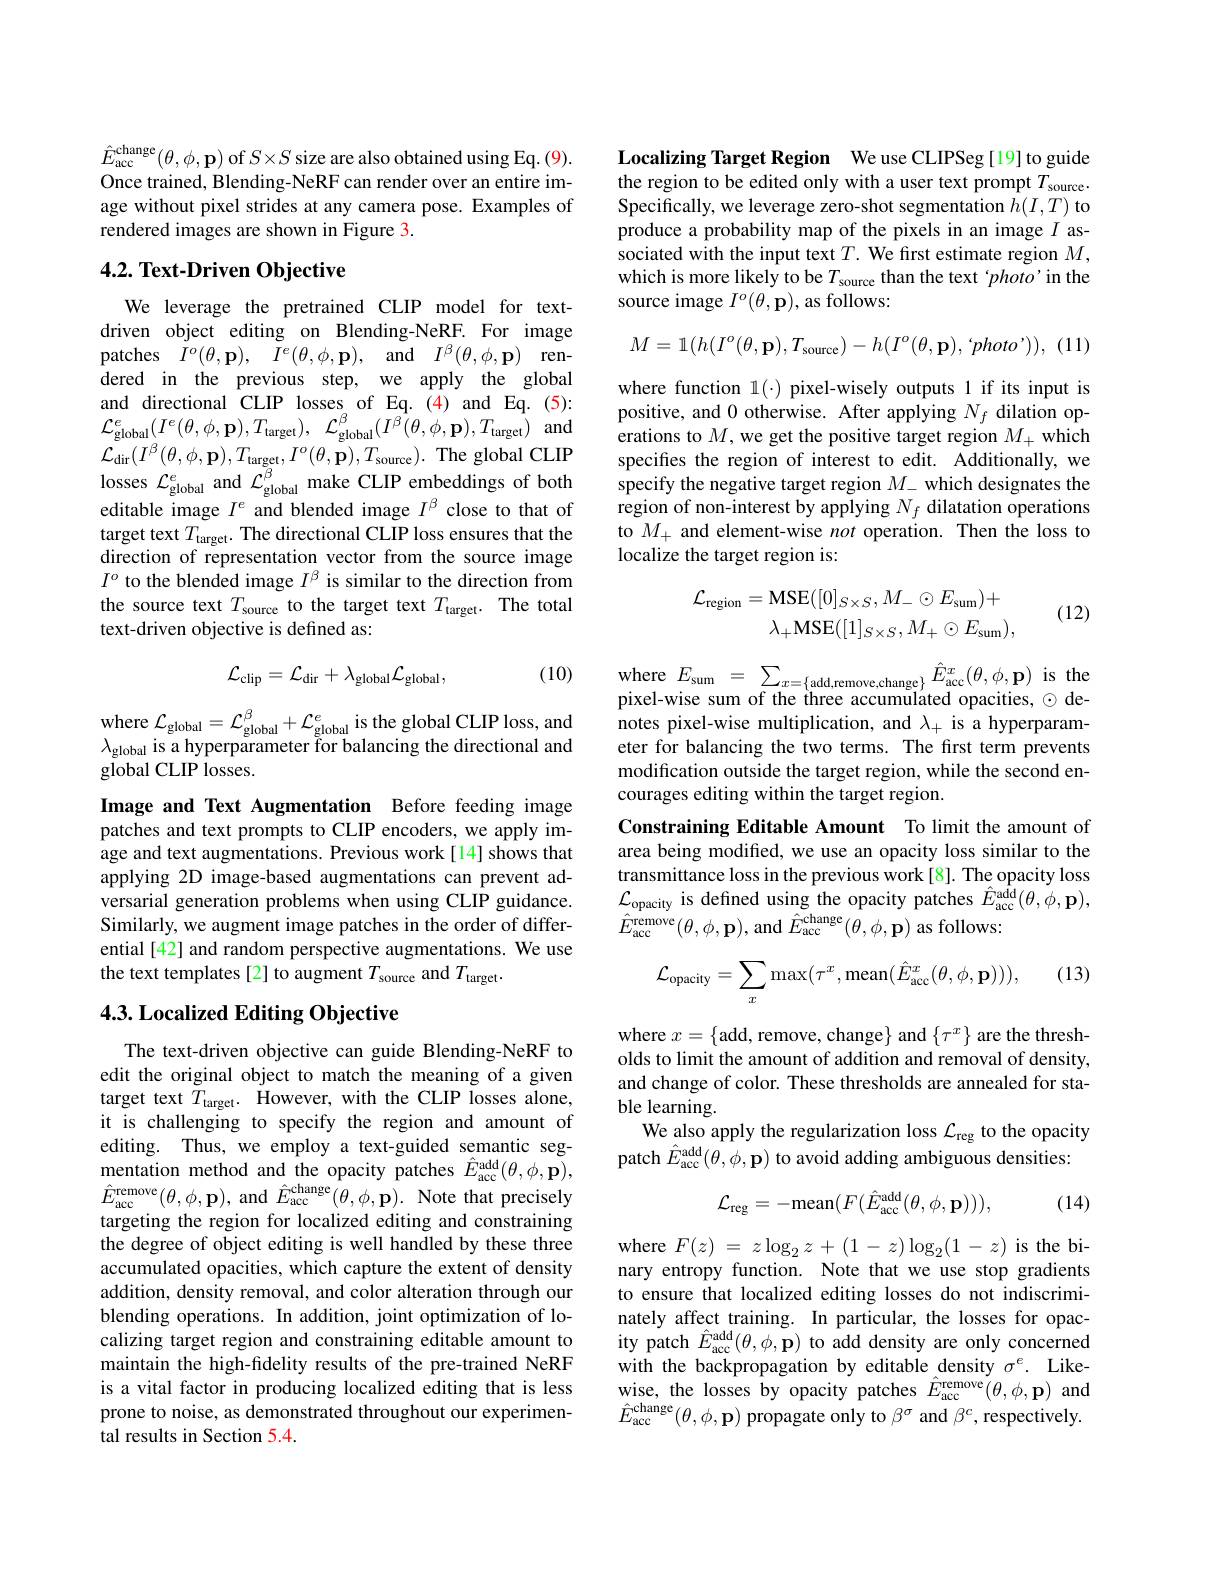
$\hat{E} _{\mathrm{acc}}^{\mathrm{change}}( \theta , \phi , \mathbf{p} )$ of $S\times S$ size are also obtained using Eq.(9). Once trained, Blending-NeRF can render over an entire image without pixel strides at any camera pose. Examples of rendered images are shown in Figure 3.

### $4. 2. \textbf{ Text- Driven Objective}$

We leverage the pretrained CLIP model for textdriven object editing on Blending-NeRF. For image patches $I^{o}( \theta , \mathbf{p} ) $, $\dot{I} ^{e}( \theta , \phi , \mathbf{p} ) $, and $I^{\beta }( \theta , \phi , \mathbf{p} )$ rendered in the previous step, we apply the global and directional CLIP losses of Eq.(4) and Eq.(5): $\mathcal{L} _{\mathrm{global}}^{e}( I^{e}( \theta , \phi , \mathbf{p} ) , T_{\mathrm{target}}) , \mathcal{L} _{\mathrm{global}}^{\beta }( I^{\beta }( \theta , \phi , \mathbf{p} ) , T_{\mathrm{target}})$ and ${\mathcal{L} }_{\mathrm{dir}}( I^{\beta }( \theta , \phi , \mathbf{p} ) , T_{\mathrm{target}}, I^{o}( \theta , \mathbf{p} ) , T_{\mathrm{source}}) .$ The global CLIP losses $\mathcal{L}_{\mathrm{global}}^{e}$ and $\mathcal{L}_{\mathrm{global}}^{\beta}$ make CLIP embeddings of both editable image $I^e$ and blended image $I^\beta$ close to that of target text $T_{\mathrm{target}}.$ The directional CLIP loss ensures that the direction of representation vector from the source image $I^o$ to the blended image $I^\beta$ is similar to the direction from the source text $T_\mathrm{source}$ to the target text $T_\mathrm{target}.$ The total text-driven objective is defined as:

(10)
$$\mathcal{L}_{\mathrm{clip}}=\mathcal{L}_{\mathrm{dir}}+\lambda_{\mathrm{global}}\mathcal{L}_{\mathrm{global}},$$
where $\mathcal{L}_\mathrm{global}=\mathcal{L}_\mathrm{global}^{\beta}+\mathcal{L}_{\mathrm{global}}^{e}$ is the global CLIP loss, and $\lambda_{\mathrm{global~is~a~hyperparameter~for~balancing~the~directional~and}}$ global CLIP losses.

Image and Text Augmentation Before feeding image patches and text prompts to CLIP encoders, we apply image and text augmentations. Previous work[14] shows that applying 2D image-based augmentations can prevent adversarial generation problems when using CLIP guidance. Similarly, we augment image patches in the order of differential [42] and random perspective augmentations. We use the text templates[2] to augment $T_\mathrm{source}$ and $T_\mathrm{target}.$

## 4.3. Localized Editing Objective

The text-driven objective can guide Blending-NeRF to edit the original object to match the meaning of a given target text $T_{\mathrm{target}}.$ However, with the CLIP losses alone, it is challenging to specify the region and amount of editing. Thus, we employ a text-guided semantic segmentation method and the opacity patches $\hat{E}_{\mathrm{acc}}^{\mathrm{add}}(\theta,\phi,\tilde{\mathbf{p}})$, $\hat{E} _{\mathrm{acc}}^{\mathrm{remove}}( \theta , \phi , \mathbf{p} ) $, and $\hat{E} _{\mathrm{acc}}^{\mathrm{change}}( \theta , \phi , \mathbf{p} ) . \textbf{ Note that precisely}$ targeting the region for localized editing and constraining the degree of object editing is well handled by these three accumulated opacities, which capture the extent of density addition, density removal, and color alteration through our blending operations. In addition, joint optimization of localizing target region and constraining editable amount to maintain the high-fidelity results of the pre-trained NeRF is a vital factor in producing localized editing that is less prone to noise, as demonstrated throughout our experimental results in Section 5.4.

Localizing Target Region We use CLIPSeg[19] to guide the region to be edited only with a user text prompt $T_\mathrm{source}.$ Specifically, we leverage zero-shot segmentation $h(I,T)$ to produce a probability map of the pixels in an image $I$ associated with the input text $T.$ We first estimate region $M$, which is more likely to be $T_\mathrm{source}$ than the text 'photo'in the source image $I^o(\theta,\mathbf{p})$, as follows:
$$M=\mathbb{1}(h(I^o(\theta,\mathbf{p}),T_{\mathrm{source}})-h(I^o(\theta,\mathbf{p}),`photo')),$$
(11)

where function $1(\cdot)$ pixel-wisely outputs 1 if its input is positive, and 0 otherwise. After applying $N_f$ dilation operations to $M$, we get the positive target region $M_+$ which specifies the region of interest to edit. Additionally, we specify the negative target region $M_-$ which designates the region of non-interest by applying $N_f$ dilatation operations to $M_{+}$ and element-wise not operation. Then the loss to localize the target region is:
$$\begin{aligned}\mathcal{L}_{\mathrm{region}}&=\mathrm{MSE}([0]_{S\times S},M_{-}\odot E_{\mathrm{sum}})+\\&\lambda_{+}\mathrm{MSE}([1]_{S\times S},M_{+}\odot E_{\mathrm{sum}}),\end{aligned}$$
(12)

where$E_\mathrm{sum}= \sum _{x= \{ \text{add, remove, change}\} }\hat{E} _{\mathrm{acc}}^{x}( \theta , \phi , \mathbf{p} )$isthe pixel-wise sum of the three accumuláted opacities, $\odot$denotes pixel-wise multiplication, and $\lambda_+$ is a hyperparameter for balancing the two terms. The first term prevents modification outside the target region, while the second encourages editing within the target region.
Constraining Editable Amount To limit the amount of area being modified, we use an opacity loss similar to the transmittance loss in the previous work [8]. The opacity loss $\mathcal{L}_{\mathrm{opacity~is~defined~using~the~opacity~patches~}\hat{E}_{\mathrm{acc}}^{\mathrm{add}}(\theta,\tilde{\phi},\mathbf{p}),}$ $\hat{E} _{\mathrm{acc}}^{\mathrm{remove}}( \theta , \phi , \mathbf{p} ) $,and$\hat{E} _{\mathrm{acc}}^{\mathrm{change}}( \theta , \phi , \mathbf{p} )$ as follows:

(13)
$$\mathcal{L}_{\mathrm{opacity}}=\sum_{x}\max(\tau^{x},\max(\hat{E}_{\mathrm{acc}}^{x}(\theta,\phi,\mathbf{p}))),$$
where $x=\{$add, remove, change$\}$ and $\{\tau^x\}$ are the thresholds to limit the amount of addition and removal of density, and change of color. These thresholds are annealed for stable learning.
We also apply the regularization loss $\mathcal{L}_\mathrm{reg}$ to the opacity patch $\hat{E} _{\mathrm{acc}}^{\mathrm{add}}( \theta , \phi , \mathbf{p} )$ to avoid adding ambiguous densities:
$$\mathcal{L}_{\mathrm{reg}}=-\mathrm{mean}(F(\hat{E}_{\mathrm{acc}}^{\mathrm{add}}(\theta,\phi,\mathbf{p}))),$$
(14)

where $F( z)$ = $z\log _{2}z+ ( 1- z) \log _{2}( 1- z)$ is the binary entropy function. Note that we use stop gradients to ensure that localized editing losses do not indiscriminately affect training. In particular, the losses for opacity patch $\hat{E} _{\mathrm{acc}}^{\mathrm{add}}( \theta , \phi , \mathbf{p} )$ to add density are only concerned with the backpropagation by editable density $\sigma^e.$ Likewise,  the losses by opacity patches $\hat{E} _{\mathrm{acc}}^{\mathrm{remove}}( \theta , \phi , \mathbf{p} )$ and $\hat{E} _{\mathrm{acc}}^{\mathrm{change}}( \theta , \phi , \mathbf{p} )$ propagate only to $\beta ^{\sigma }$ and $\beta ^{c}$, respectively.